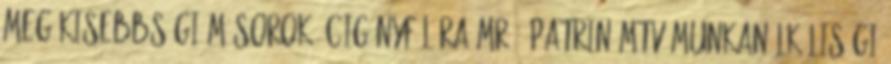
meg Kisebbségi műsorok: Cigányfélóra MR , Patrin MTV munkanélküliségi